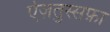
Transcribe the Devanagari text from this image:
ऐज़तुस्सफ़ा